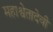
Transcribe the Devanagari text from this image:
महाश्वेतादेवी